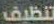
تنظيف